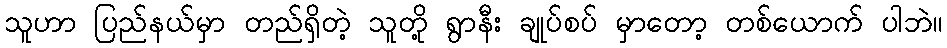
သူဟာ ပြည်နယ်မှာ တည်ရှိတဲ့ သူတို့ ရွာနီး ချုပ်စပ် မှာတော့ တစ်ယောက် ပါဘဲ။